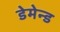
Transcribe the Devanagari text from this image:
डेमेन्ड